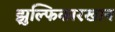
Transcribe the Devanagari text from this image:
झुल्फिकारखान